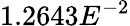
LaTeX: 1.2643E^{-2}